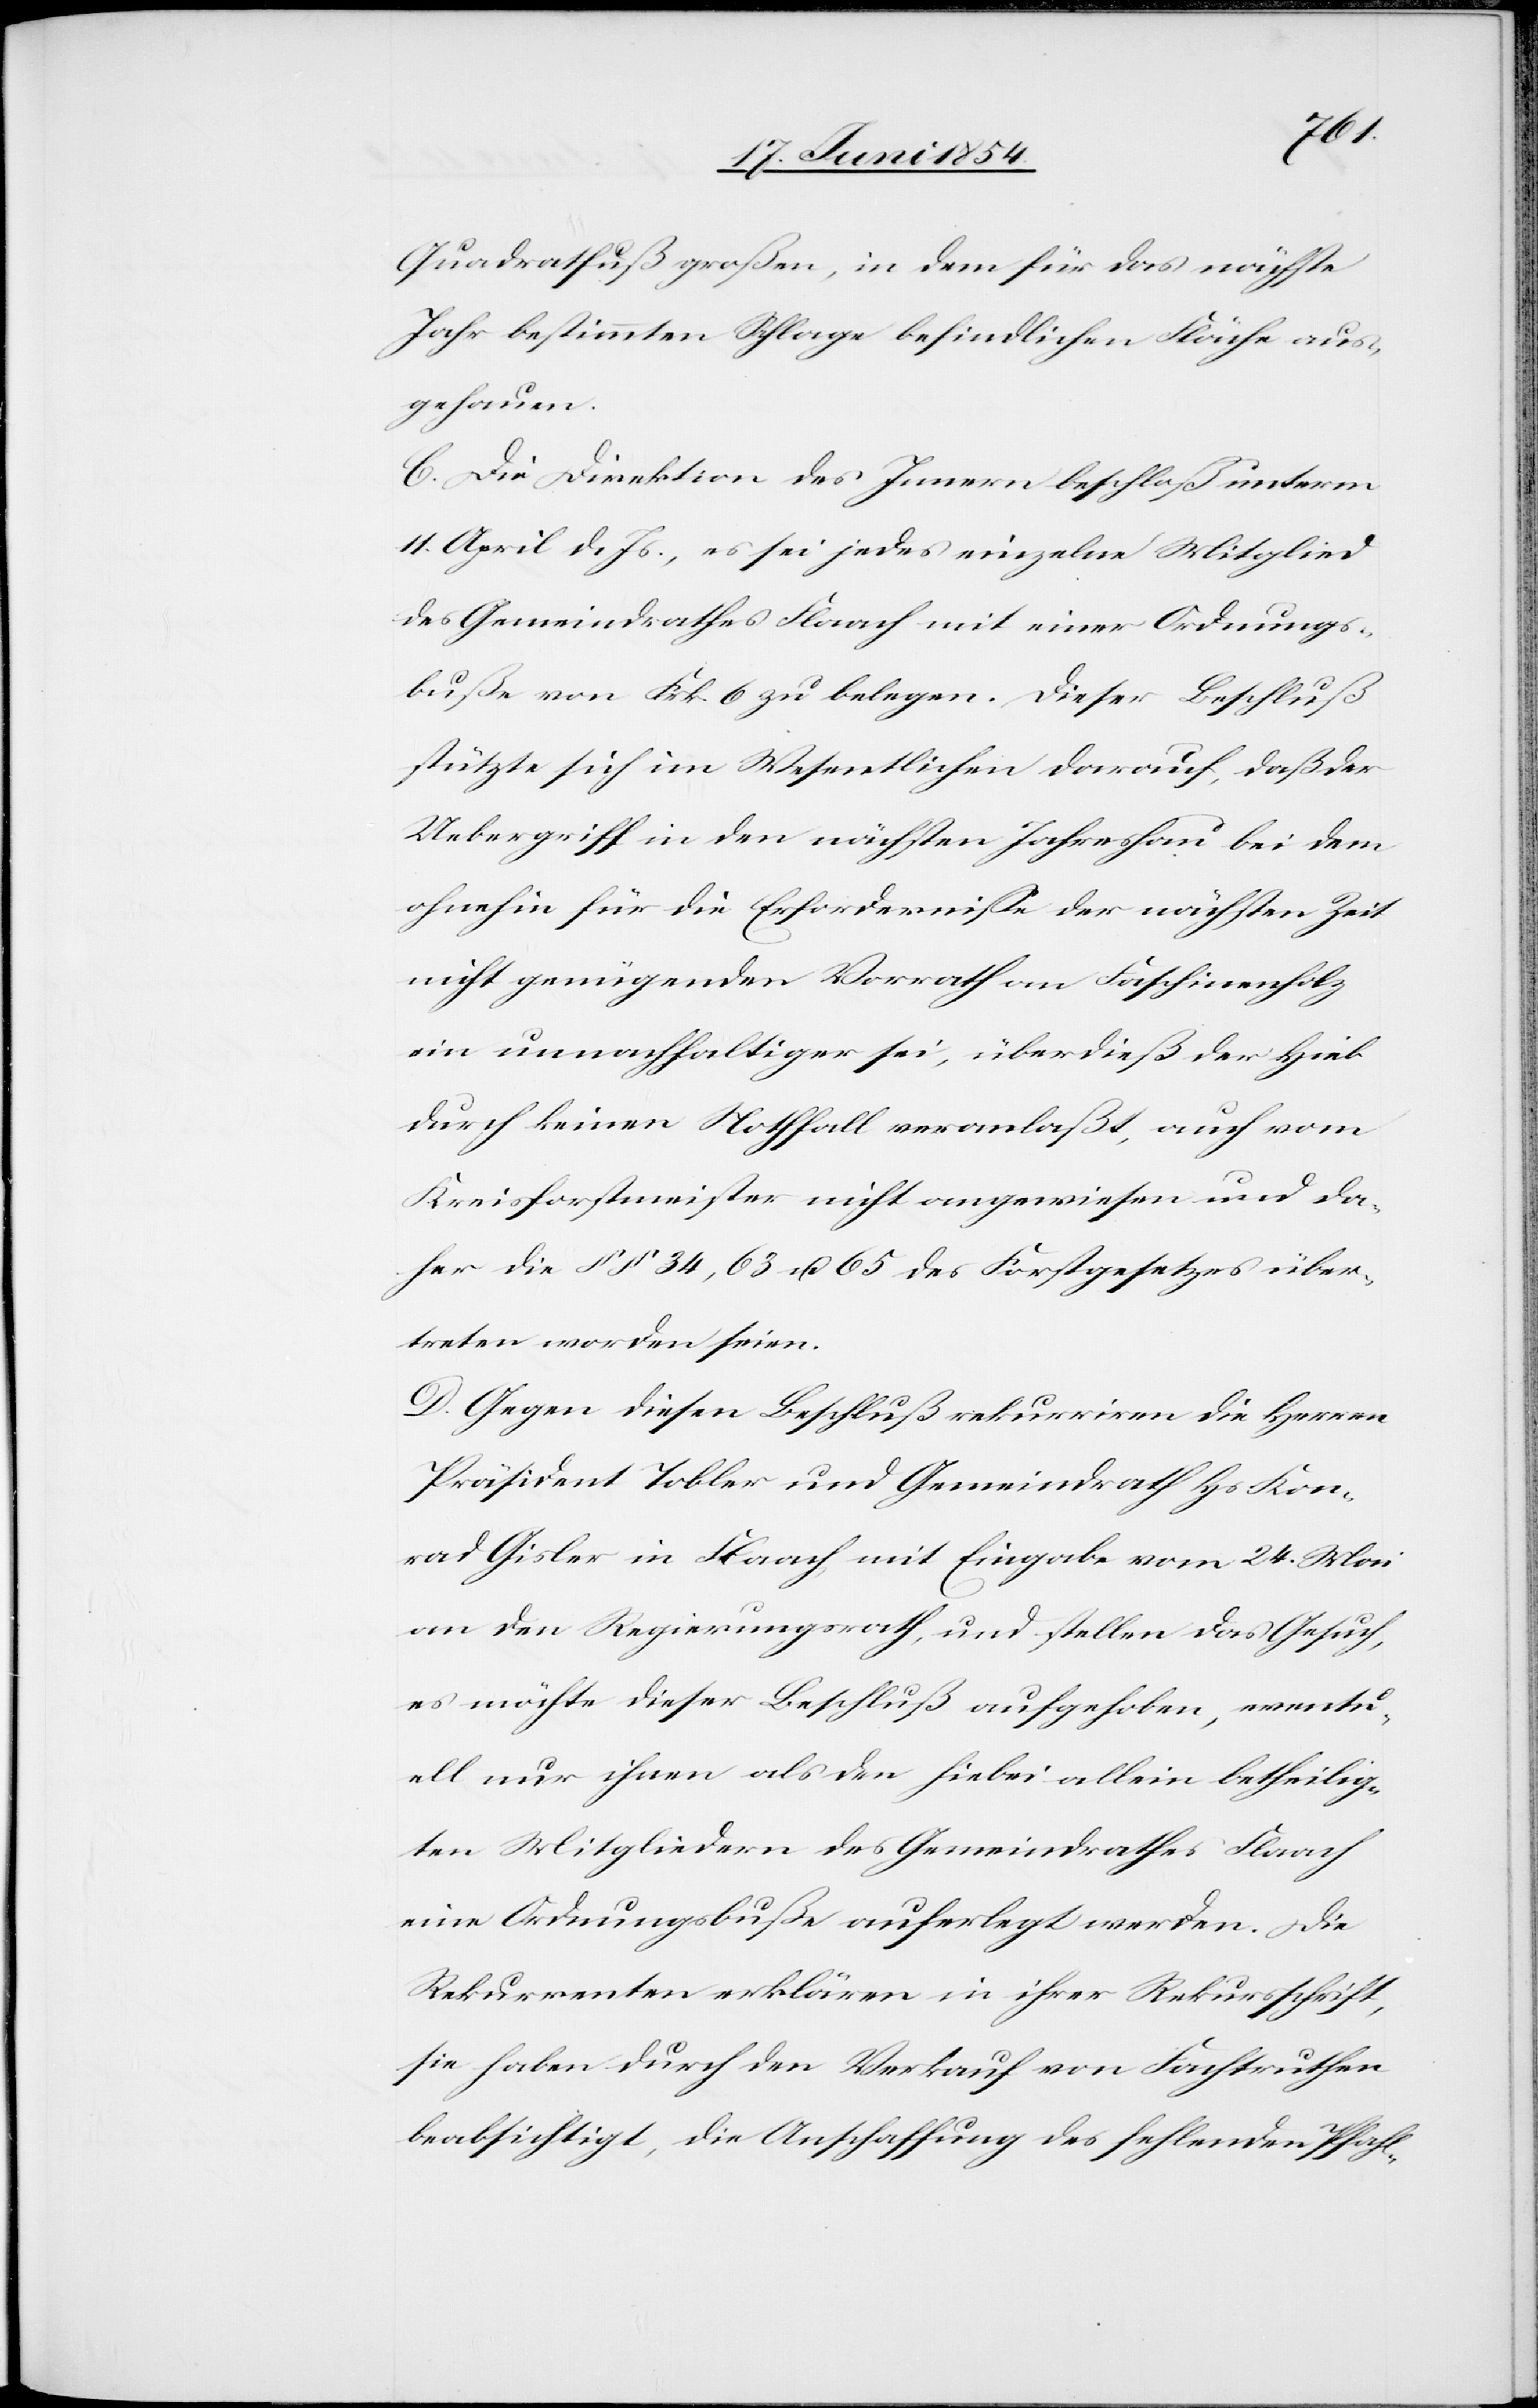
Quadratfuß großen, in dem für das nächste
Jahr bestimmten Schlage befindlichen Fläche aus¬
gehauen.
C. Die Direktion des Innern beschloß unterm
11. April d. Js., es sei jedes einzelne Mitglied
des Gemeindrathes Flaach mit einer Ordnungs¬
buße von Frk. 6 zu belegen. Dieser Beschluß
stützte sich im Wesentlichen darauf, daß der
Uebergriff in den nächsten Jahreshau bei dem
ohnehin für die Erforderniße der nächsten Zeit
nicht genügenden Vorrath an Faschinenholz
ein unnachhaltiger sei, überdieß der Hieb
durch keinen Notfall veranlaßt, auch vom
Kreisforstmeister nicht angewiesen und da¬
her die § § 34, 36 u. 65 des Forstgesetzes über¬
treten worden seien.
D. Gegen diesen Beschluß rekurriren die Herren
Präsident Tobler und Gemeindrath Hs Kon¬
rad Gisler in Flaach mit Eingabe vom 24. Mai
an den Regierungsrath, und stellen das Gesuch,
es möchte dieser Beschluß aufgehoben, eventu¬
ell nur ihnen als den hiebei allein betheilig¬
ten Mitgliedern des Gemeindrathes in Flaach
eine Ordnungbuße auferlegt werden. Die
Rekurrenten erklären in ihrer Rekursschrift,
sie haben durch den Verkauf von Fachtruthen
beabsichtigt, die Anschaffung des fehlenden Pfahl-